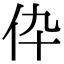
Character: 伜